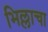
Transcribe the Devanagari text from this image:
भिल्लाचा